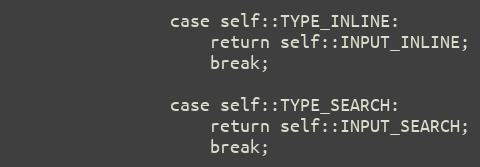
Language: PHP
				case self::TYPE_INLINE:
					return self::INPUT_INLINE;
					break;

				case self::TYPE_SEARCH:
					return self::INPUT_SEARCH;
					break;